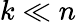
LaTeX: k\ll n